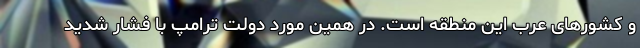
و کشورهای عرب این منطقه است. در همین مورد دولت ترامپ با فشار شدید